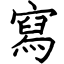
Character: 寫